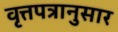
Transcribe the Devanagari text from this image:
वृत्तपत्रानुसार